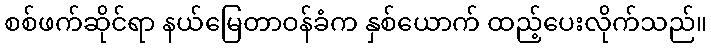
စစ်ဖက်ဆိုင်ရာ နယ်မြေတာဝန်ခံက နှစ်ယောက် ထည့်ပေးလိုက်သည်။